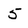
Character: 5